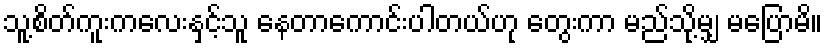
သူ့စိတ်ကူးကလေးနှင့်သူ နေတာကောင်းပါတယ်ဟု တွေးကာ မည်သို့မျှ မပြောမိ။